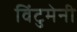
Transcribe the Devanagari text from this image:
विंटुमेनी